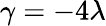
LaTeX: \gamma=-4\lambda